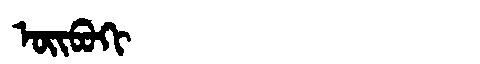
Manchu: ᠣᡳᠪᠣᡴᡳ
Romanization: OIBOKI